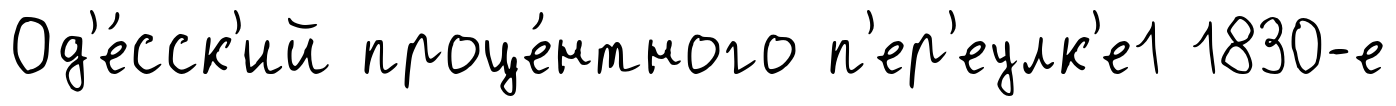
Од'е́сск'ий проце́нтного п'ер'еулк'е1 1830-е